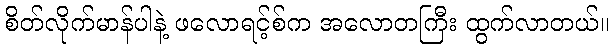
စိတ်လိုက်မာန်ပါနဲ့ ဖလောရင့်စ်က အလောတကြီး ထွက်လာတယ်။